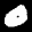
Label: 0